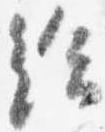
給